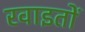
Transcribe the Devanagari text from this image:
रवाइतों